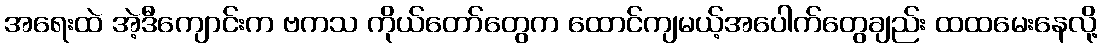
အရေးထဲ အဲ့ဒီကျောင်းက ဗကသ ကိုယ်တော်တွေက ထောင်ကျမယ့်အပေါက်တွေချည်း ထထမေးနေလို့